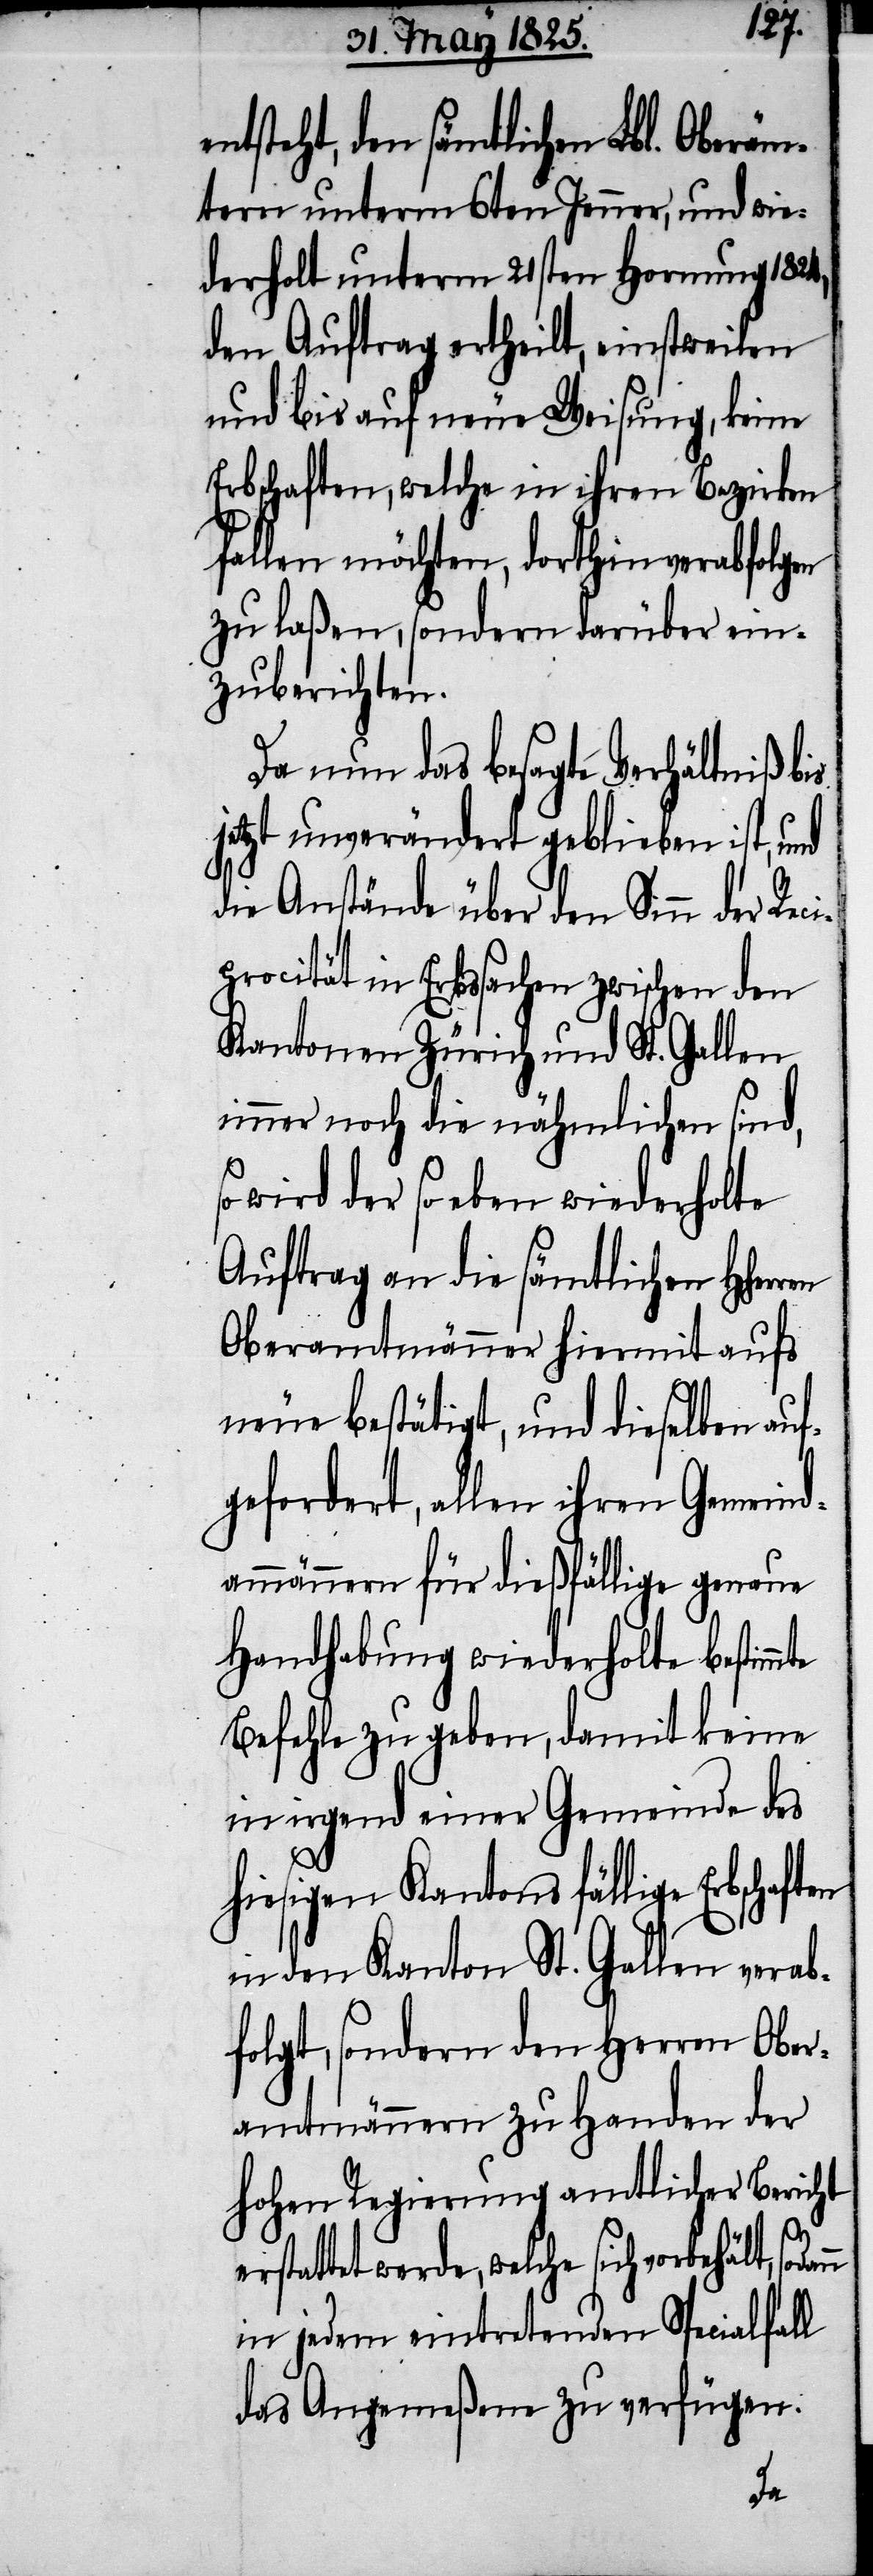
ntsteht, den sämtlichen Lbl. Oberäm¬
tern unterm 6ten Jenner, und wie¬
derholt unterm 21sten Hornung 1824,
den Auftrag ertheilt, einstweilen
und bis auf neue Weisung, keine
Erbschaften, welche in ihren Bezirken
fallen möchten, dorthin verabfolgen
zu laßen, sondern darüber ein¬
zuberichten.
Da nun das besagte Verhältniß bis
jetzt unverändert geblieben ist, und
die Anstände über den Sinn der Rec¬
iprocität in Erbssachen zwischen den
Kantonen Zürich und St. Gallen
immer noch die nähmlichen sind,
so wird der so eben wiederholte
Auftrag an die sämtlichen HHer¬
Oberamtmänner hiermit aufs
neue bestätigt, und dieselben auf¬
mte
gefordert, allen ihren G¬
dammännern für dießfällige gen¬
er¬
Handhabung wiederholte bestim¬
Befehle zu geben, damit keine
in irgend einer Gemeinde des
hiesigen Kantons fällige
in den Kanton St. Gallen verab¬
folgt, sondern den Herren Ober¬
amtmännern zu Handen der
hohen Regierung amtlicher Bericht
stattet werde, welche sich
in jedem eintretenden Specialfall
das Angemeßene zu verfügen.